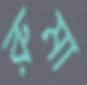
রুমা